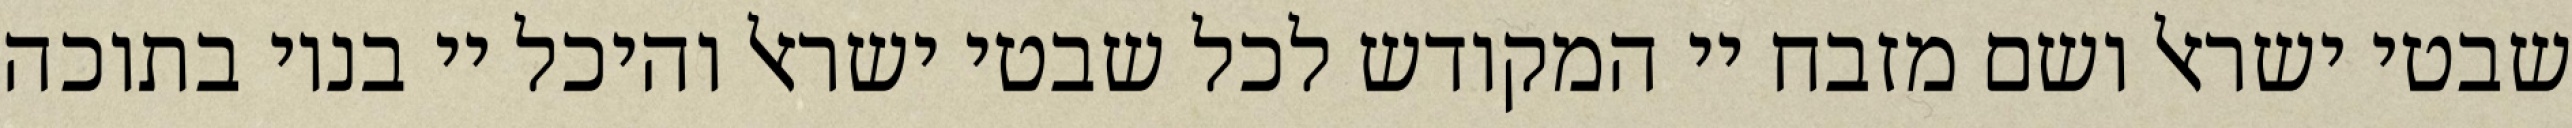
שבטי ישראל ושם מזבח יי המקודש לכל שבטי ישראל והיכל יי בנוי בתוכה